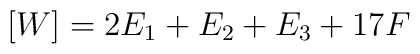
[W]=2E_{1}+E_{2}+E_{3} + 17F